Report on sanitation, dispensaries, and jails in Rajputana for 1917, and on vaccination for the year 1917-1918 - 1917-1918
Year: 1917
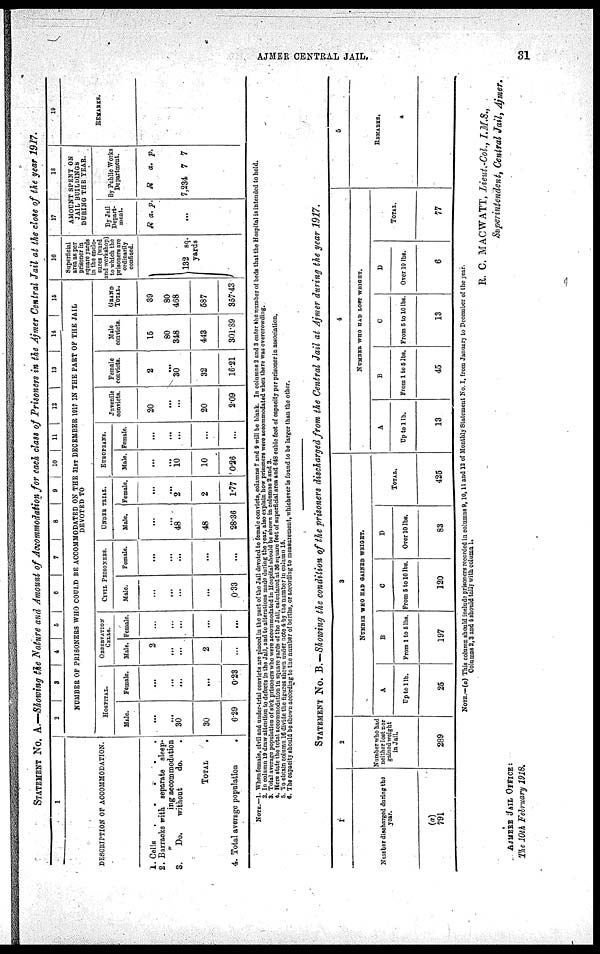
AJMER CENTRAL JAIL.
31
STATEMENT No. A.—Showing the Nature and Amount of Accommodation for each class of Prisoners in the Ajmer Central Jail at the close of the year 1917.
1
DESCRIPTION OF ACCOMMODATION.
1.
2.
3.
4.
Cells. . . . .
Barracks frith separate sleep¬
ing accommodation
Do.
without
do. .
TOTAL .
Total average population
.
2
3
4
5
6
7
8
9
10
11
12
13
14
15
NUMBER OF PRISONERS WHO COULD BE ACCOMMODATED ON THE 31 ST DECEMBER 1917 IN THE PART OF THE JAIL
DEVOTED TO
HOSPITAL.
Male.
...
...
30
30
6.29
Female.
...
...
...
...
0.23
OBSERVATION
CELLS.
Male.
2
...
...
2
...
Female
...
...
...
...
...
CIVIL PRISONERS.
Male.
...
...
...
...
0.33
Female.
...
...
...
...
...
UNDER TRIAL.
Male.
...
...
48
48
28.36
Female.
...
...
2
2
1.77
EUROPEANS.
Male.
...
...
10
10
0.26
Female.
...
...
...
...
...
Juvenile
convicts.
20
...
...
20
2.09
Female
convicts.
2
...
30
32
16.21
Male
convicts.
15
80
348
443
301.89
GRAND
TOTAL.
39
80
468
587
357.43
16
Superficial
area as per
prisoner in
square yards
in the enclo-
sures (ward
and workshop)
to which the
prisoners are
ordinarily
confined.
132 sq.
yards
17
18
AMOUNT SPENT ON
JAIL BUILDINGS
DURING THE YEAR.
By Jail
Depart-
ment.
R a. p.
...
...
By Public Works
Department.
R
a. p.
...
7,234 7 7
10
REMARKS.
NOTE.—1. When female, civil and under-trial convicts are placed in the part of the Jail devoted to female convicts, columns 7 and 9 will be blank. In columns 2 and 3 enter the number of beds that the Hospital is intended to hold.
2. In column 19 draw attention to defects in the Jail, and to alterations made during the year, also explain how prisoners were accommodated when there was overcrowding.
3. Total average population of sick prisoners who were accommodated in Hospital should be shown in columns 2 and 3.
4. Here state the total accommodation in square yards of the Jail, calculated at 36 square feet of superficial area and 648 cubic feet of capacity per prisoner in association.
5. To obtain column 16 divide the figures shown under note 4 by the number in column 15.
6. The capacity should be shown according to the number of berths, or according to measurement, whichever is found to be larger than the other.
STATEMENT No. B.—Showing the condition of the prisoners discharged from the Central Jail at Ajmer during the year 1917.
1
Number discharged during the
year.
(a)
791
2
Number who had
neither lost nor
gained weight
in Jail.
289
3
NUMBER WHO HAD GAINED WEIGHT.
A
Up to 1 lb.
25
B
From 1 to 5 lbs.
197
C
From 5 to 10 lbs.
120
D
Over 10 lbs.
83
TOTAL.
425
4
NUMBER WHO HAD LOST WEIGHT.
A
Up to 1 lb.
13
B
From 1 to 5 lbs.
45
C
From 5 to 10 lbs.
13
D
Over 10 lbs.
6
TOTAL.
77
5
REMARKS.
NOTE.—(a) This column should include prisoners recorded in columns 9,10,11 and 12 of Monthly Statement No. I, from January to December of the year.
Columns 2,3 and 4 should tally with column 1.
R. C. MACWATT, Lieut.-Col., I.M.S.,
Superintendent, Central Jail, Ajmer.
AJMERE JAIL OFFICE:
The 10th February 1918.